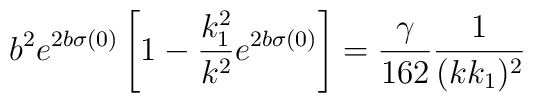
b^2e^{2b\sigma(0)}\left[1-\frac{k_1^2}{k^2}e^{2b\sigma(0)}\right]=\frac{\gamma}{162}\frac{1}{(kk_1)^2}